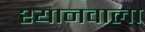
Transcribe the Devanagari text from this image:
श्यानवाला